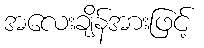
အလေးချိန်အားဖြင့်